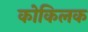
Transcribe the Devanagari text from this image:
कोकिलक